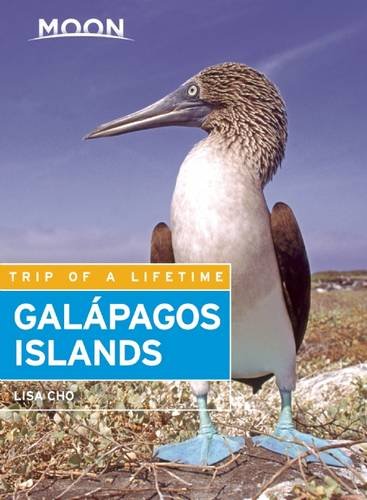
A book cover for Moon GalÃ¡pagos Islands (Moon Handbooks); Lisa Cho; Travel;